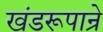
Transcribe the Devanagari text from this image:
खंडरूपान्रे